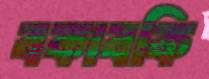
বকাবকি